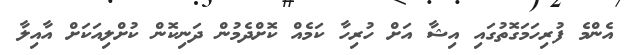
އެންމެ ފުރިހަމަގޮތުގައި އިޝާ އަށް ހުރިހާ ކަމެއް ކޮށްދެމުން ދަނިކޮން ކުށްލިއަކަށް އާއިލާ